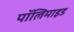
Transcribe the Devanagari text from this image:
पॉलिमाइड